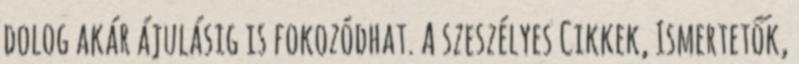
dolog akár ájulásig is fokozódhat. A szeszélyes Cikkek, Ismertetők,